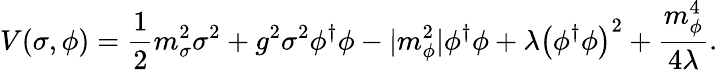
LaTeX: V(\sigma,\phi)=\frac{1}{2}m_{\sigma}^{2}\sigma^{2}+g^{2}\sigma^{2}\phi^{\dagger}\phi-|m_{\phi}^{2}|\phi^{\dagger}\phi+\lambda\left(\phi^{\dagger}\phi\right)^{2}+\frac{m_{\phi}^{4}}{4\lambda}.